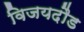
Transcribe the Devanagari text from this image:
विजयदौड